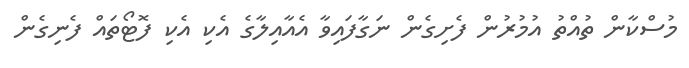
މުސްކާން ތުއްތު އުމުރުން ފެށިގެން ނަގާފައިވާ އެއާއިލާގެ އެކި އެކި ފޮޓޯތައް ފެނިގެން